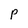
Character: p